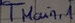
Text: TMain,1